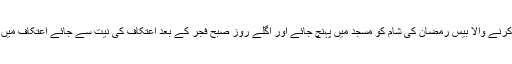
اعتکاف کرنے والا بیس رمضان کی شام کو مسجد میں پہنچ جائے اور اگلے روز صبح فجر کے بعد اعتکاف کی نیت سے جائے اعتکاف میں داخل ہو۔